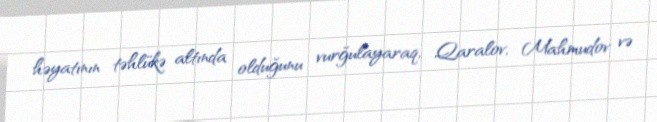
həyatının təhlükə altında olduğunu vurğulayaraq, Qaralov, Mahmudov və